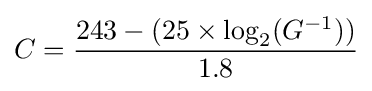
C={\frac {243-(25\times \log _{2}(G^{-1}))}{1.8}}